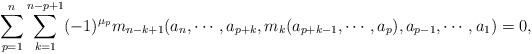
LaTeX: \begin{align*}\sum_{p=1}^{n}\sum_{k=1}^{n-p+1}(-1)^{\mu_{p}} m_{n-k+1}(a_n,\cdots,a_{p+k},m_{k}(a_{p+k-1},\cdots,a_{p}),a_{p-1},\cdots,a_1)=0,\end{align*}